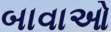
બાવાઓ